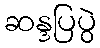
ဆန္ဒပြပွဲ